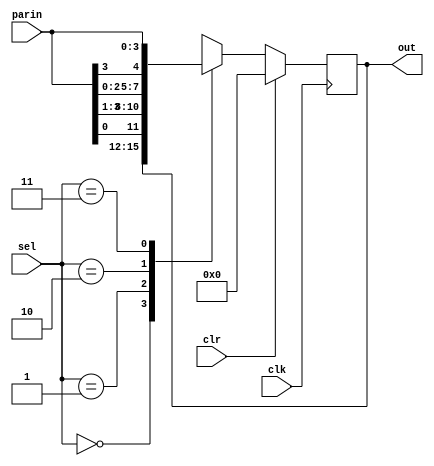
module universal_shift_register (clr,clk,sel,parin,out);
input clr,clk;
input [1:0]sel;
input [3:0]parin;
output reg[3:0]out;

always @(posedge clk)
begin

if(clr)
out=4'b0000;

else
begin
case(sel)
2'b00: out=out;
2'b01: out={parin[0],parin[3:1]};
2'b10: out={parin[2:0],parin[3]};
2'b11: out=parin;
endcase
end

end
endmodule